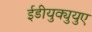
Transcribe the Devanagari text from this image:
ईडीयुक्युयुए